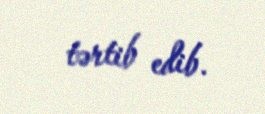
tərtib edib.